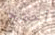
أحتج